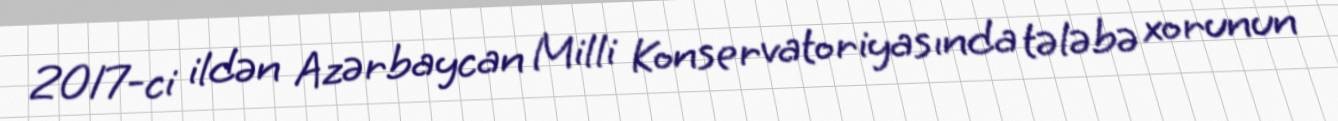
2017-ci ildən Azərbaycan Milli Konservatoriyasında tələbə xorunun